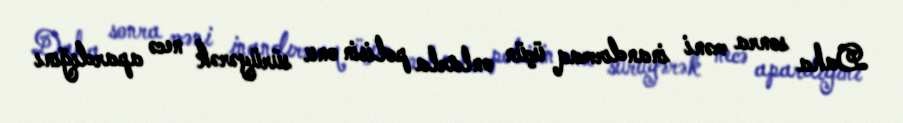
Daha sonra məni inandırmaq üçün onlarla polisin onu sürüyərək necə apardığını